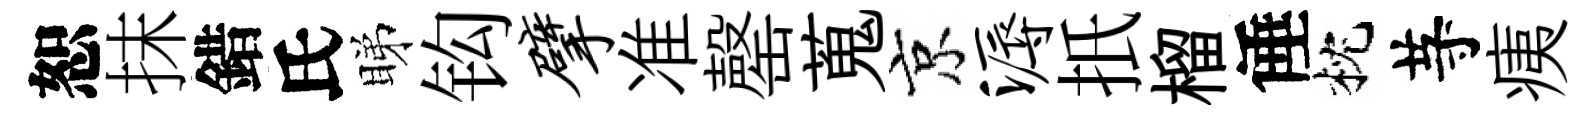
恕抹錯氏睇钩擘准罄蒐京溽扺榴倕枕䒭痍